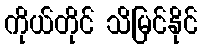
ကိုယ်တိုင် သိမြင်နိုင်